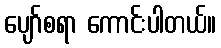
ပျော်စရာ ကောင်းပါတယ်။